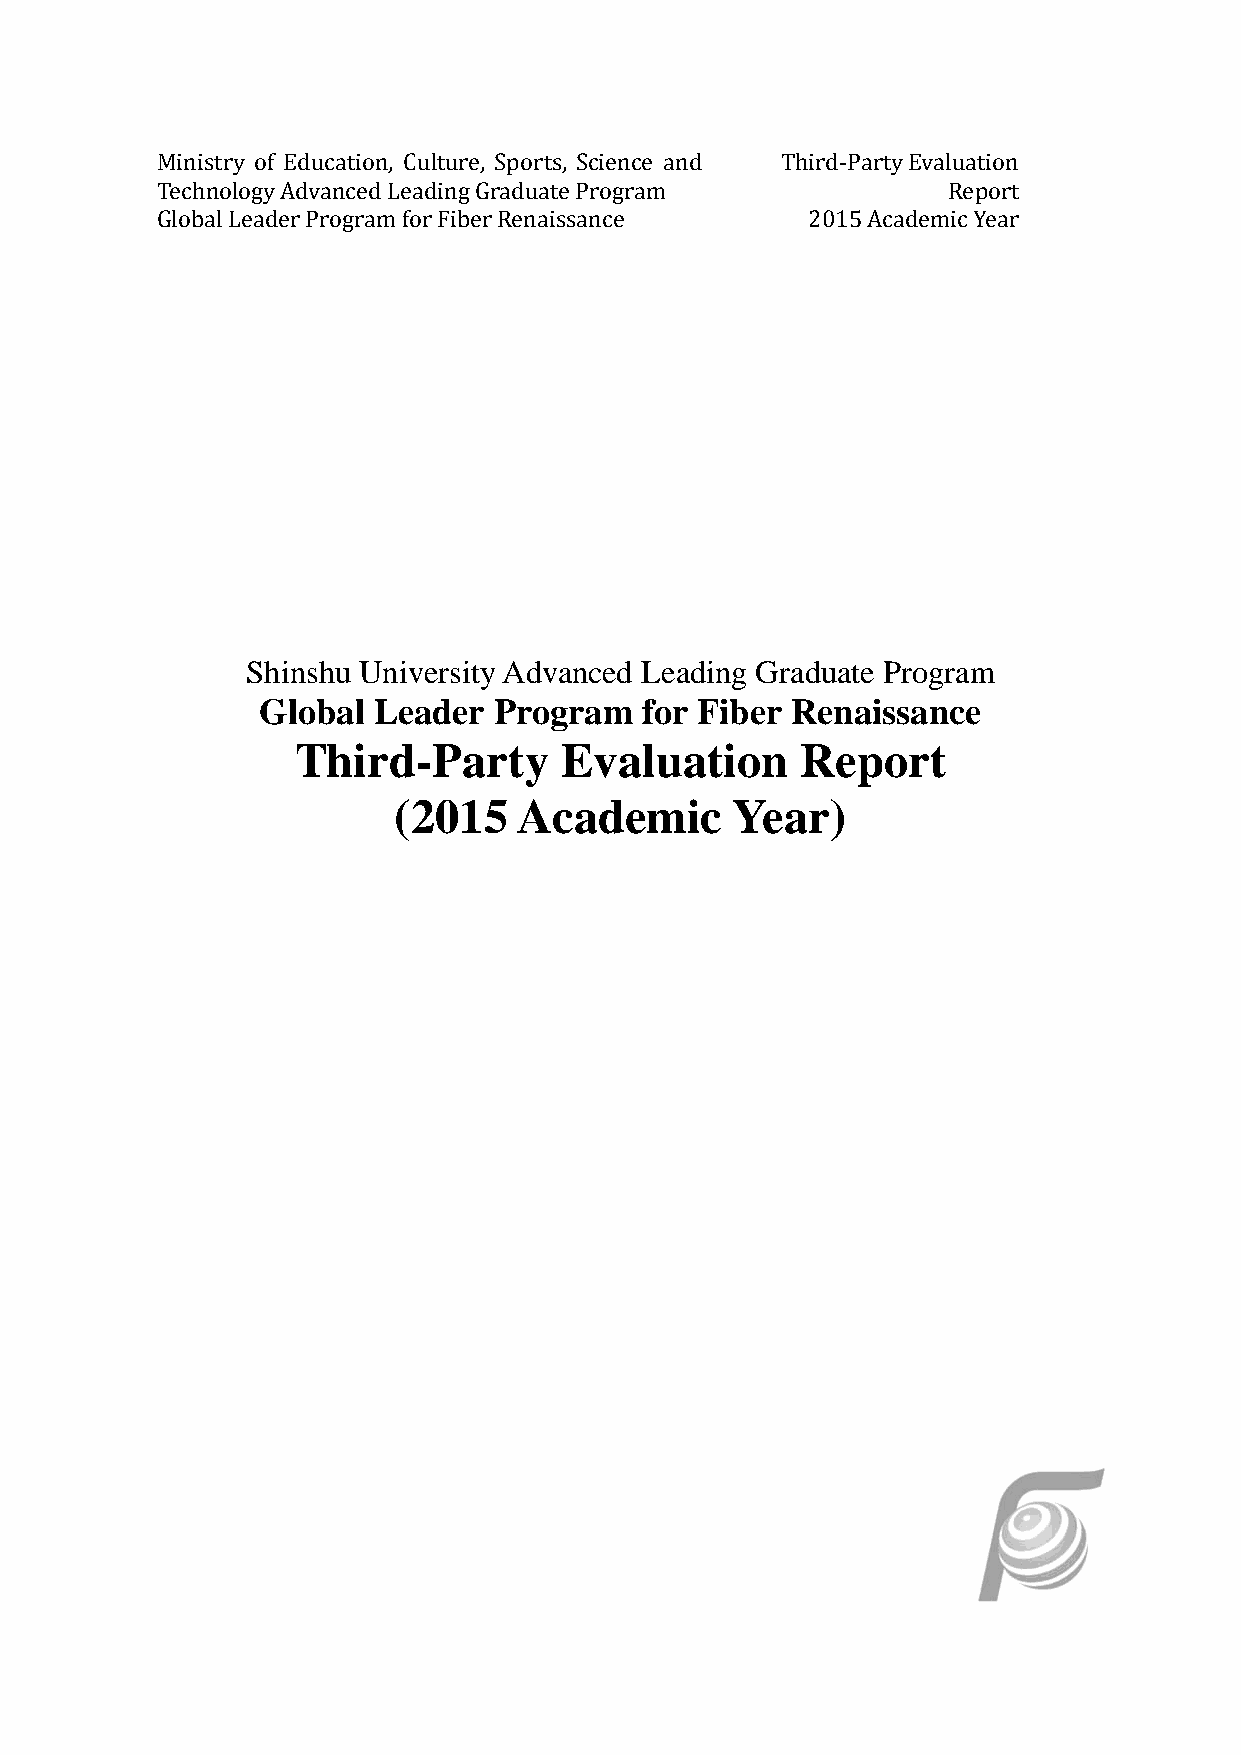
Ministry of Education, Culture, Sports, Science and Third-Party Evaluation
 Technology Advanced Leading Graduate Program         Report
 Global Leader Program for Fiber Renaissance 2015 Academic Year
 Shinshu University Advanced Leading Graduate Program
 Global  Leader  Program  for Fiber Renaissance
 Third-Party       Evaluation      Report
 (2015   Academic       Year)